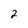
Character: 2